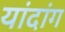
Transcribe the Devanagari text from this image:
यांदांग